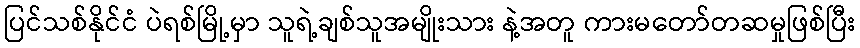
ပြင်သစ်နိုင်ငံ ပဲရစ်မြို့မှာ သူရဲ့ချစ်သူအမျိုးသား နဲ့အတူ ကားမတော်တဆမှုဖြစ်ပြီး